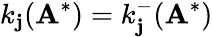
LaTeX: k_{\mathbf{j}}(\mathbf{{A}}^{*})=k_{\mathbf{j}}^{-}(\mathbf{{A}}^{*})